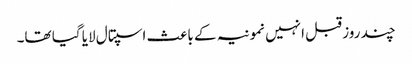
چند روز قبل انہیں نمونیہ کے باعث اسپتال لایا گیا تھا۔